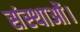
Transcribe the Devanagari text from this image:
संस्थाओं।